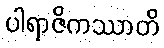
ပါရာဇိကဿာတိ